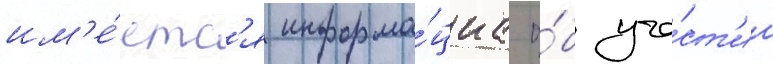
им'е́етс'я информа́циа о́б уча́ст'ии